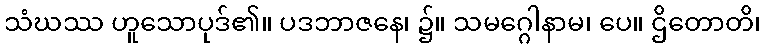
သံဃဿ ဟူသောပုဒ်၏။ ပဒဘာဇနေ၊ ၌။ သမဂ္ဂေါနာမ၊ ပေ။ ဌိတောတိ၊